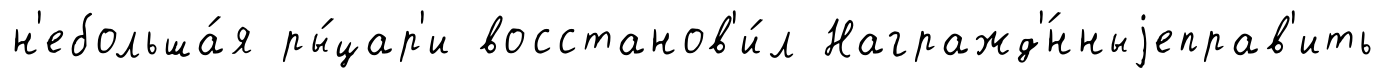
н'ебольша́я ры́цар'и восстанов'и́л Награжд'́нныjеправ'ить